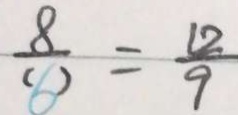
\frac { 8 } { ( 6 ) } = \frac { 1 2 } { 9 }